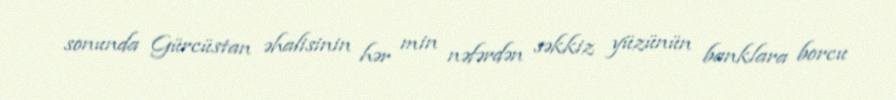
sonunda Gürcüstan əhalisinin hər min nəfərdən səkkiz yüzünün banklara borcu